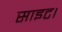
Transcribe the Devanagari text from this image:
साइट।